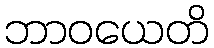
ဘာဝယေတိ